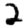
Digit: 2